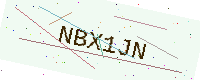
Text: NBX1JN